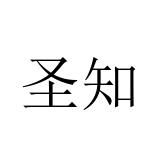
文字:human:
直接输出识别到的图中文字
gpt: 圣知